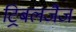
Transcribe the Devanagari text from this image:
ट्रिबलजैज